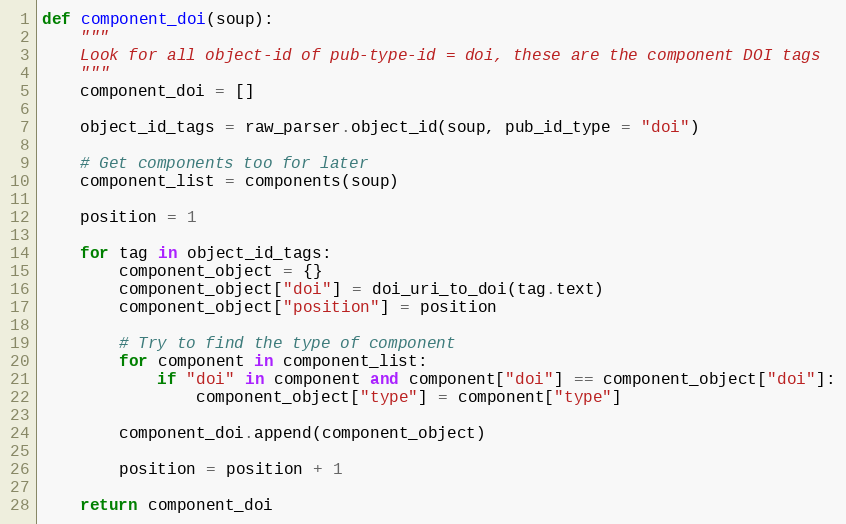
Language: Python
def component_doi(soup):
    """
    Look for all object-id of pub-type-id = doi, these are the component DOI tags
    """
    component_doi = []

    object_id_tags = raw_parser.object_id(soup, pub_id_type = "doi")

    # Get components too for later
    component_list = components(soup)

    position = 1

    for tag in object_id_tags:
        component_object = {}
        component_object["doi"] = doi_uri_to_doi(tag.text)
        component_object["position"] = position

        # Try to find the type of component
        for component in component_list:
            if "doi" in component and component["doi"] == component_object["doi"]:
                component_object["type"] = component["type"]

        component_doi.append(component_object)

        position = position + 1

    return component_doi